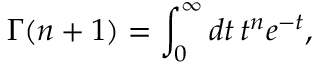
\Gamma ( n + 1 ) = \int _ { 0 } ^ { \infty } d t \, t ^ { n } e ^ { - t } ,